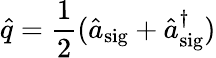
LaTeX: \hat{q}=\frac{1}{2}(\hat{a}_{\mathrm{sig}}+\hat{a}_{\mathrm{sig}}^{\dagger})